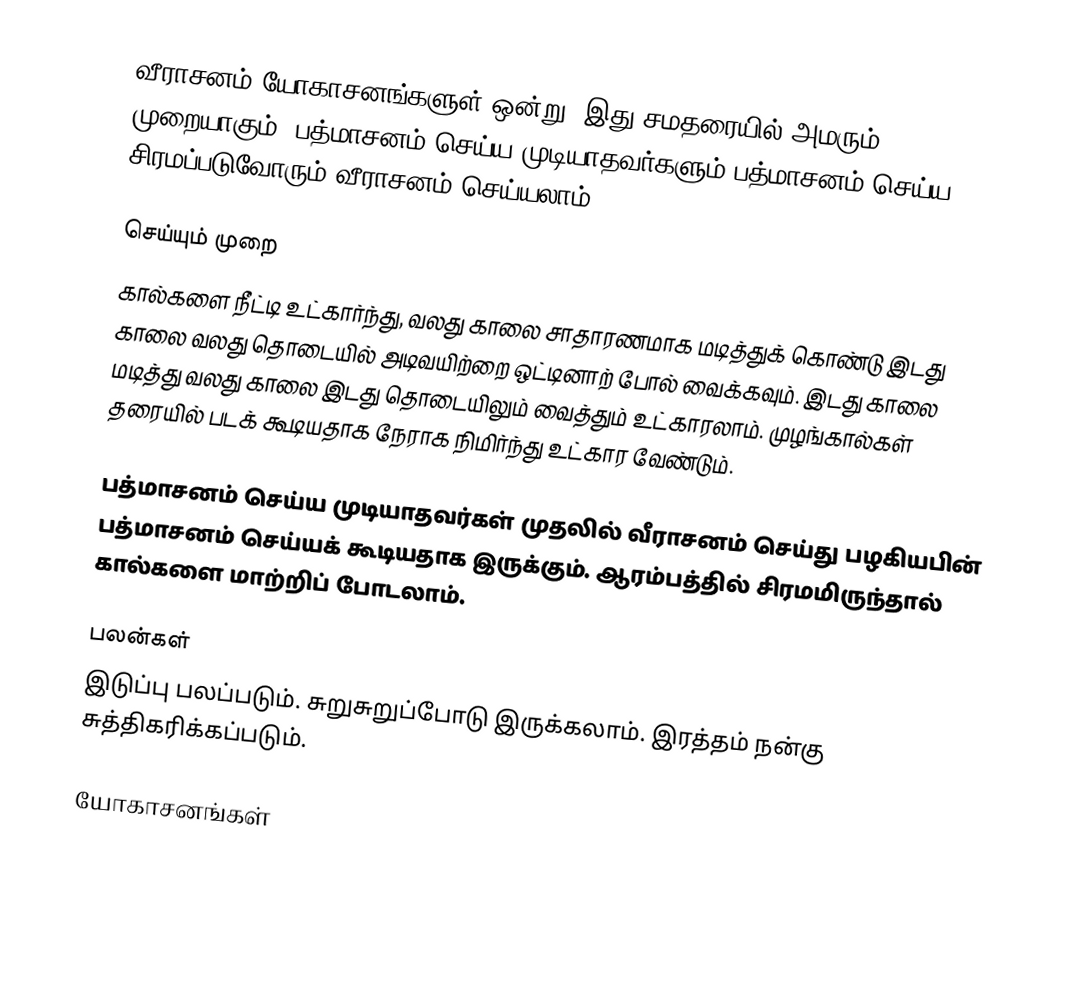
வீராசனம் யோகாசனங்களுள் ஒன்று. இது சமதரையில் அமரும் முறையாகும். பத்மாசனம் செய்ய முடியாதவர்களும் பத்மாசனம் செய்ய சிரமப்படுவோரும் வீராசனம் செய்யலாம்.

செய்யும் முறை
கால்களை நீட்டி உட்கார்ந்து, வலது காலை சாதாரணமாக மடித்துக் கொண்டு இடது காலை வலது தொடையில் அடிவயிற்றை ஒட்டினாற் போல் வைக்கவும். இடது காலை மடித்து வலது காலை இடது தொடையிலும் வைத்தும் உட்காரலாம். முழங்கால்கள் தரையில் படக் கூடியதாக நேராக நிமிர்ந்து உட்கார வேண்டும்.

பத்மாசனம் செய்ய முடியாதவர்கள் முதலில் வீராசனம் செய்து பழகியபின் பத்மாசனம் செய்யக் கூடியதாக இருக்கும். ஆரம்பத்தில் சிரமமிருந்தால் கால்களை மாற்றிப் போடலாம்.

பலன்கள்
இடுப்பு பலப்படும். சுறுசுறுப்போடு இருக்கலாம். இரத்தம் நன்கு சுத்திகரிக்கப்படும்.

யோகாசனங்கள்